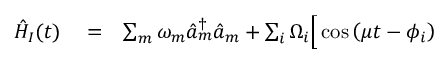
\begin{array} { r l r } { \hat { H } _ { I } ( t ) } & { { } = } & { \sum _ { m } \omega _ { m } \hat { a } _ { m } ^ { \dag } \hat { a } _ { m } + \sum _ { i } \Omega _ { i } \Big [ \cos \left( \mu t - \phi _ { i } \right) } \end{array}